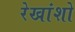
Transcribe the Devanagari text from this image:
रेखांशो